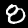
Label: 8